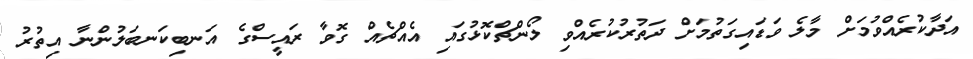
އަދާކުރެއްވުމަށް މާލެ ވަޑައިގަތުމަށް ދަތުރުކުރެއްވި ލޯންޗްކޮޅުގައި އެއްޗެއް ގޮވާ ރައީސްގެ އަނބިކަނބަލުންނާ އިތުރު